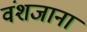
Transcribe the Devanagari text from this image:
वंशजाना